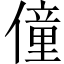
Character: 僮